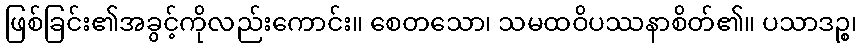
ဖြစ်ခြင်း၏အခွင့်ကိုလည်းကောင်း။ စေတသော၊ သမထဝိပဿနာစိတ်၏။ ပသာဒဉ္စ၊